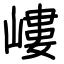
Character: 嶁